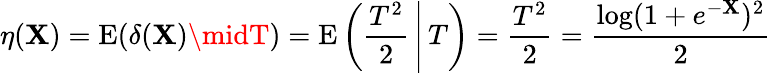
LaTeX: \eta(\mathbf{X})=\operatorname{E}(\delta(\mathbf{X})\midT)=\operatorname{E}\left(\left.{\frac{{T^{2}}}{{2}}}\, \right|\, T\right)={\frac{{T^{2}}}{{2}}}={\frac{{\log(1+e^{-\mathbf{X}})^{2}}}{{2}}}